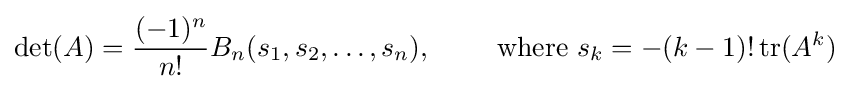
\det(A)={\frac {(-1)^{n}}{n!}}B_{n}(s_{1},s_{2},\ldots ,s_{n}),~\qquad {\text{where }}s_{k}=-(k-1)!\operatorname {tr} (A^{k})